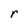
Character: r